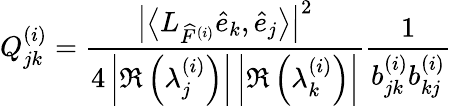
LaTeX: Q_{jk}^{(i)}=\frac{\left|\left\langle L_{\widehat{F}^{(i)}}\widehat{e}_{k},\widehat{e}_{j}\right\rangle\right|^{2}}{4\left|\Re\left(\lambda_{j}^{(i)}\right)\right|\left|\Re\left(\lambda_{k}^{(i)}\right)\right|}\frac{1}{b_{jk}^{(i)}b_{kj}^{(i)}}